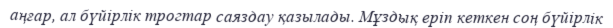
аңғар, ал бүйірлік трогтар саяздау қазылады. Мұздық еріп кеткен соң бүйірлік